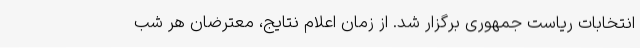
انتخابات ریاست جمهوری برگزار شد. از زمان اعلام نتایج، معترضان هر شب